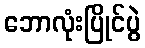
ဘောလုံးပြိုင်ပွဲ